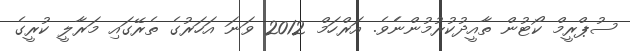
ސުޕްރީމް ކޯޓުން ތާއީދުކުރުމުންނެެވެ. އަރްހަމް 2012 ވަނަ އަހަރުގެ ތެރޭގައި މަރާލީ ކުރީގެ